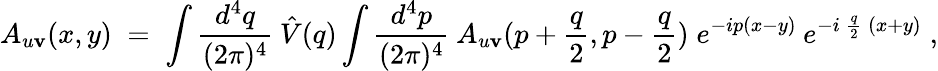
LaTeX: A_{u\mathbf{v}}(x,y)\; =\; \int\frac{{d^{4}q}}{{(2\pi)^{4}}}\: \hat{{V}}(q)\int\frac{{d^{4}p}}{{(2\pi)^{4}}}\: A_{u\mathbf{v}}(p+\frac{{q}}{{2}},p-\frac{{q}}{{2}})\; e^{-ip(x-y)}\: e^{-i\: \frac{{q}}{{2}}\: (x+y)}\; ,